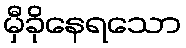
မှီခိုနေရသော